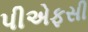
પીએફસી